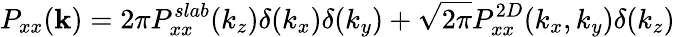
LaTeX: P_{xx}(\mathbf{k})=2\pi P_{xx}^{slab}(k_{z})\delta(k_{x})\delta(k_{y})+\sqrt{2\pi}P_{xx}^{2D}(k_{x},k_{y})\delta(k_{z})